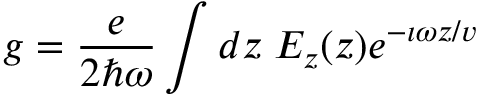
g = \frac { e } { 2 \hbar \omega } \int d z \; E _ { z } ( z ) e ^ { - \imath \omega z / v }